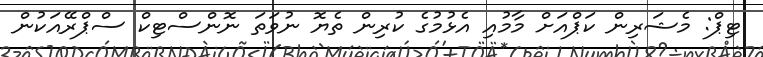
ޓިޕް: މެޝަރިން ކަޕްއަށް މާމުއި އެޅުމުގެ ކުރިން ތެޔޮ ނުވަތަ ނޮންސްޓިކް ސްޕްރޭއަކުން